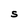
Character: S